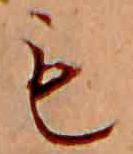
も